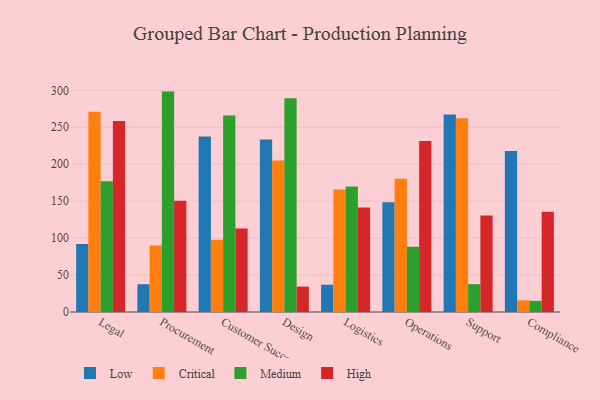
{"axis": {"x": "Department", "y": "Headcount"}, "legend": ["Critical", "High", "Low", "Medium"], "data": [{"x": "Legal", "y": 92.2, "type": "Low"}, {"x": "Legal", "y": 271.1, "type": "Critical"}, {"x": "Legal", "y": 177.0, "type": "Medium"}, {"x": "Legal", "y": 258.4, "type": "High"}, {"x": "Procurement", "y": 37.6, "type": "Low"}, {"x": "Procurement", "y": 89.9, "type": "Critical"}, {"x": "Procurement", "y": 298.3, "type": "Medium"}, {"x": "Procurement", "y": 150.7, "type": "High"}, {"x": "Customer Success", "y": 237.4, "type": "Low"}, {"x": "Customer Success", "y": 97.9, "type": "Critical"}, {"x": "Customer Success", "y": 265.8, "type": "Medium"}, {"x": "Customer Success", "y": 112.9, "type": "High"}, {"x": "Design", "y": 233.5, "type": "Low"}, {"x": "Design", "y": 205.2, "type": "Critical"}, {"x": "Design", "y": 289.4, "type": "Medium"}, {"x": "Design", "y": 34.4, "type": "High"}, {"x": "Logistics", "y": 36.9, "type": "Low"}, {"x": "Logistics", "y": 165.7, "type": "Critical"}, {"x": "Logistics", "y": 169.9, "type": "Medium"}, {"x": "Logistics", "y": 141.4, "type": "High"}, {"x": "Operations", "y": 148.7, "type": "Low"}, {"x": "Operations", "y": 180.3, "type": "Critical"}, {"x": "Operations", "y": 88.2, "type": "Medium"}, {"x": "Operations", "y": 231.6, "type": "High"}, {"x": "Support", "y": 267.2, "type": "Low"}, {"x": "Support", "y": 262.2, "type": "Critical"}, {"x": "Support", "y": 37.7, "type": "Medium"}, {"x": "Support", "y": 130.6, "type": "High"}, {"x": "Compliance", "y": 217.9, "type": "Low"}, {"x": "Compliance", "y": 15.7, "type": "Critical"}, {"x": "Compliance", "y": 15.1, "type": "Medium"}, {"x": "Compliance", "y": 135.7, "type": "High"}]}